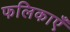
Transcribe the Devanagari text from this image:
फलिकाएँ